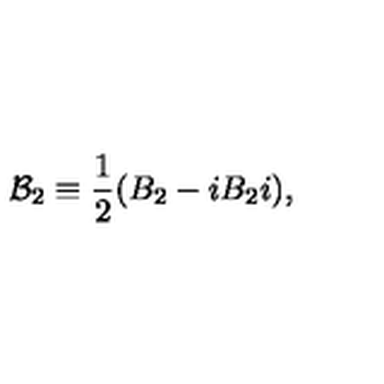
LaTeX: { \cal B } _ { 2 } \equiv \frac { 1 } { 2 } ( B _ { 2 } - i B _ { 2 } i ) ,